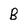
Character: B